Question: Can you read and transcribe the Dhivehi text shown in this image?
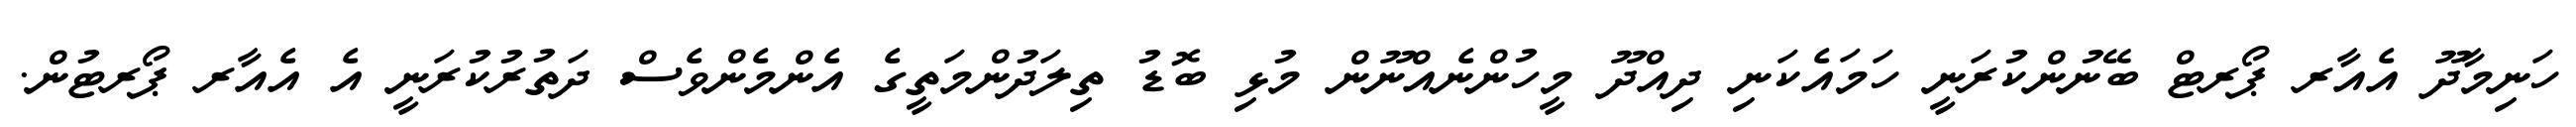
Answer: ހަނިމާދޫ އެއާރ ޕޯރޓް ބޭނުންކުރަނީ ހަމައެކަނި ދިއްދޫ މީހުންނެއްނޫން މުޅި ބޮޑު ތިލަދުންމަތީގެ އެންމެންވެސް ދަތުރުކުރަނީ އެ އެއާރ ޕޯރޓުން.